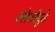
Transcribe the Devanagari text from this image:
मोर्चांपुढे